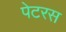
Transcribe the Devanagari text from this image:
पेटरस